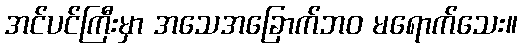
အင်ပင်ကြီးမှာ အသေအခြောက်ဘဝ မရောက်သေး။